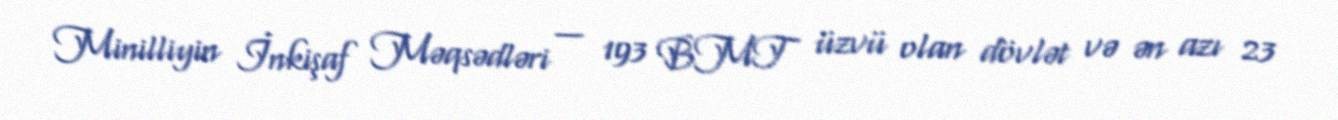
Minilliyin İnkişaf Məqsədləri — 193 BMT üzvü olan dövlət və ən azı 23